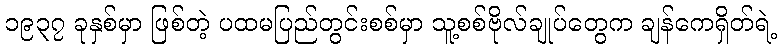
၁၉၃၇ ခုနှစ်မှာ ဖြစ်တဲ့ ပထမပြည်တွင်းစစ်မှာ သူ့စစ်ဗိုလ်ချုပ်တွေက ချန်ကေရှိတ်ရဲ့